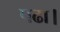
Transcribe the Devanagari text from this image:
पढा।